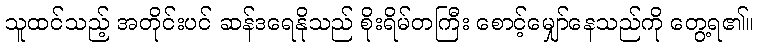
သူထင်သည့် အတိုင်းပင် ဆန်ဒရေနိုသည် စိုးရိမ်တကြီး စောင့်မျှော်နေသည်ကို တွေ့ရ၏။